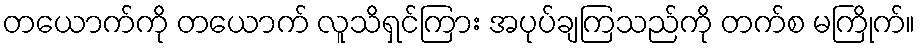
တယောက်ကို တယောက် လူသိရှင်ကြား အပုပ်ချကြသည်ကို တက်စ မကြိုက်။